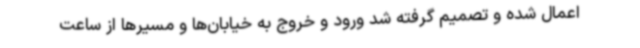
اعمال شده و تصمیم گرفته شد ورود و خروج به خیابان‌ها و مسیرها از ساعت